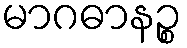
မာဂဓာနဉ္စ